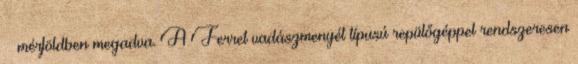
– mérföldben megadva. A Ferret vadászmenyét típusú repülőgéppel rendszeresen